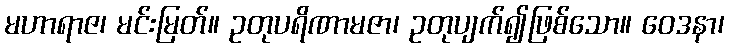
မဟာရာဇ၊ မင်းမြတ်။ ဥတုပရိဏာမဇာ၊ ဥတုပျက်၍ဖြစ်သော။ ဝေဒနာ၊